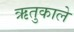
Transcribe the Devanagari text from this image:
ऋतुकाले